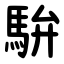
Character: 䮁